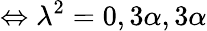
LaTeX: \Leftrightarrow\lambda^{2}=0,3\alpha,3\alpha